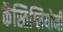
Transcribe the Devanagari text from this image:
कॅस्तिग्लियोनी